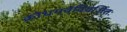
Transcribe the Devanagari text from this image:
क्रोधगर्वविवर्जितः